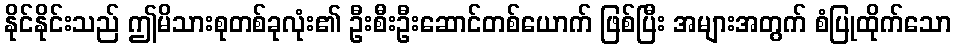
နိုင်နိုင်းသည် ဤမိသားစုတစ်ခုလုံး၏ ဦးစီးဦးဆောင်တစ်ယောက် ဖြစ်ပြီး အများအတွက် စံပြုထိုက်သော